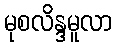
မုစလိန္ဒမူလာ